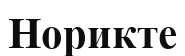
Норикте